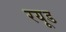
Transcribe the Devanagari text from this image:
रयूड